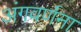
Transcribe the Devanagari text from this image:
अंगवर्णना